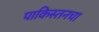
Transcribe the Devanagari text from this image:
पाकिस्तनचा